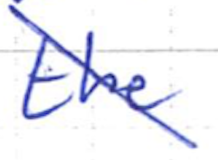
Text: the
Cross-out: diagonal
Writing tool: ballpoint